Vaccination in the Punjab 1905-1918 - 1905-1918
Year: 1905
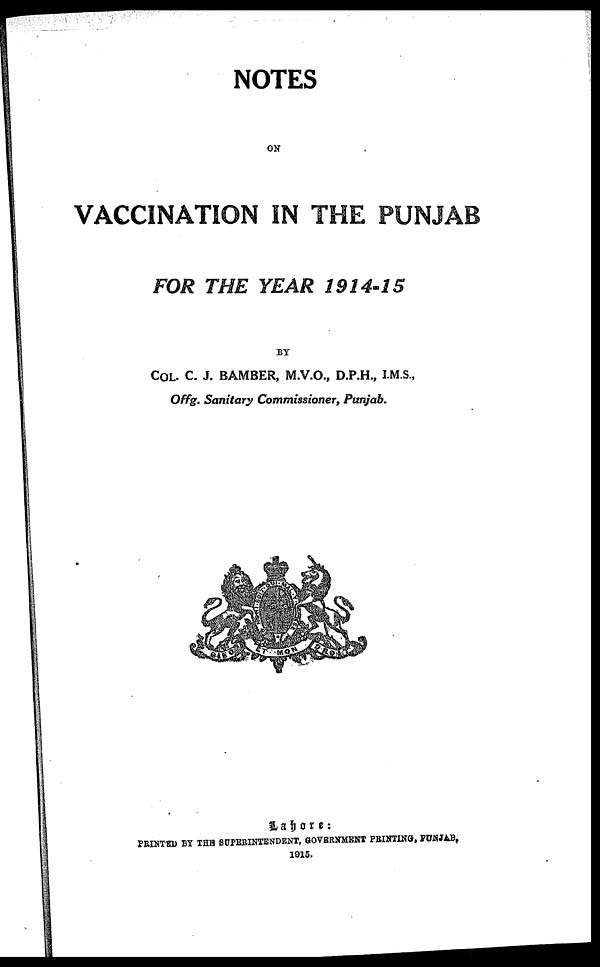
NOTES
ON
VACCINATION IN THE PUNJAB
FOR THE YEAR 1914-15
BY
COL. C. J. BAMBER, M.V.O., D.P.H., I.M.S.,
Offg. Sanitary Commissioner, Punjab.
Lahore:
PRINTED BY THE SUPERINTENDENT, GOVERNMENT PRINTING, PUNJAB.
1915.